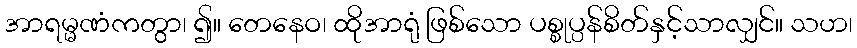
အာရမ္မဏံကတွာ၊ ၍။ တေနေဝ၊ ထိုအာရုံ ဖြစ်သော ပစ္စုပ္ပန်စိတ်နှင့်သာလျှင်။ သဟ၊